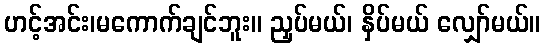
ဟင့်အင်း၊မကောက်ချင်ဘူး။ ညှပ်မယ်၊ နှိပ်မယ် လျှော်မယ်။